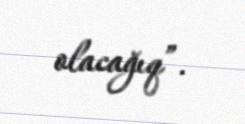
olacağıq”.